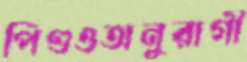
পিণ্ডওঅনুরাগী